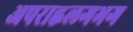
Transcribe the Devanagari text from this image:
अपराह्नलगभग